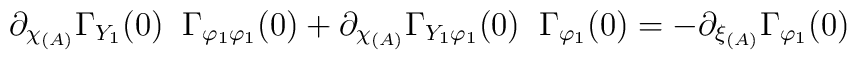
\partial_{\chi_{(A)}} \Gamma_{Y_1} (0) \; \; \Gamma_{\varphi_1 \varphi_1} (0) +  \partial_{\chi_{(A)}} \Gamma_{Y_1 \varphi_1} (0) \; \; \Gamma_{\varphi_1} (0) =  - \partial_{\xi_{(A)}} \Gamma_{\varphi_1} (0)